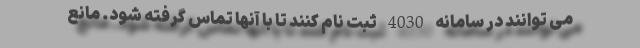
می توانند در سامانه 4030 ثبت نام کنند تا با آنها تماس گرفته شود. مانع